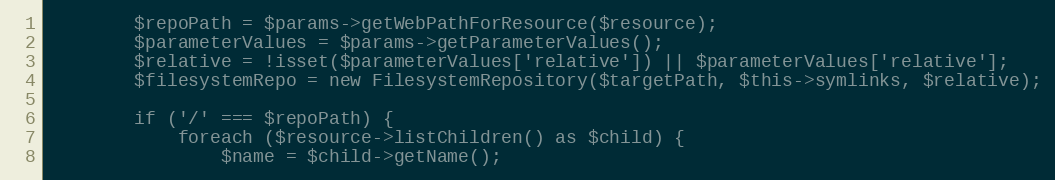
Language: PHP
        $repoPath = $params->getWebPathForResource($resource);
        $parameterValues = $params->getParameterValues();
        $relative = !isset($parameterValues['relative']) || $parameterValues['relative'];
        $filesystemRepo = new FilesystemRepository($targetPath, $this->symlinks, $relative);

        if ('/' === $repoPath) {
            foreach ($resource->listChildren() as $child) {
                $name = $child->getName();